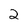
Character: 2